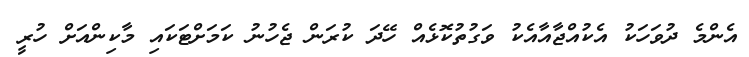
އެންމެ ދުވަހަކު އެކުއްޖާއާއެކު ވަގުތުކޮޅެއް ހޭދަ ކުރަން ޖެހުނު ކަމަށްޓަކައި މާކިންއަށް ހުރީ